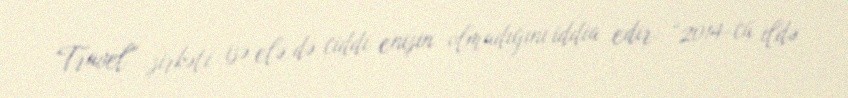
Travel” şirkəti isə elə də ciddi enişin olmadığını iddia edir: “2014-cü ildə